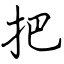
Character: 把